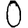
Digit: 0